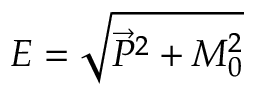
{ \cal E } = \sqrt { \vec { P } ^ { 2 } + M _ { 0 } ^ { 2 } }